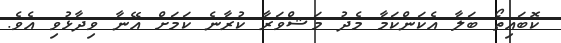
ކޮބައިތޯ ބަލާ އެކަންކަމާ މެދު މަޝްވަރާ ކުރާނެ ކަމަށް އޭނާ ވިދާޅުވި އެވެ.